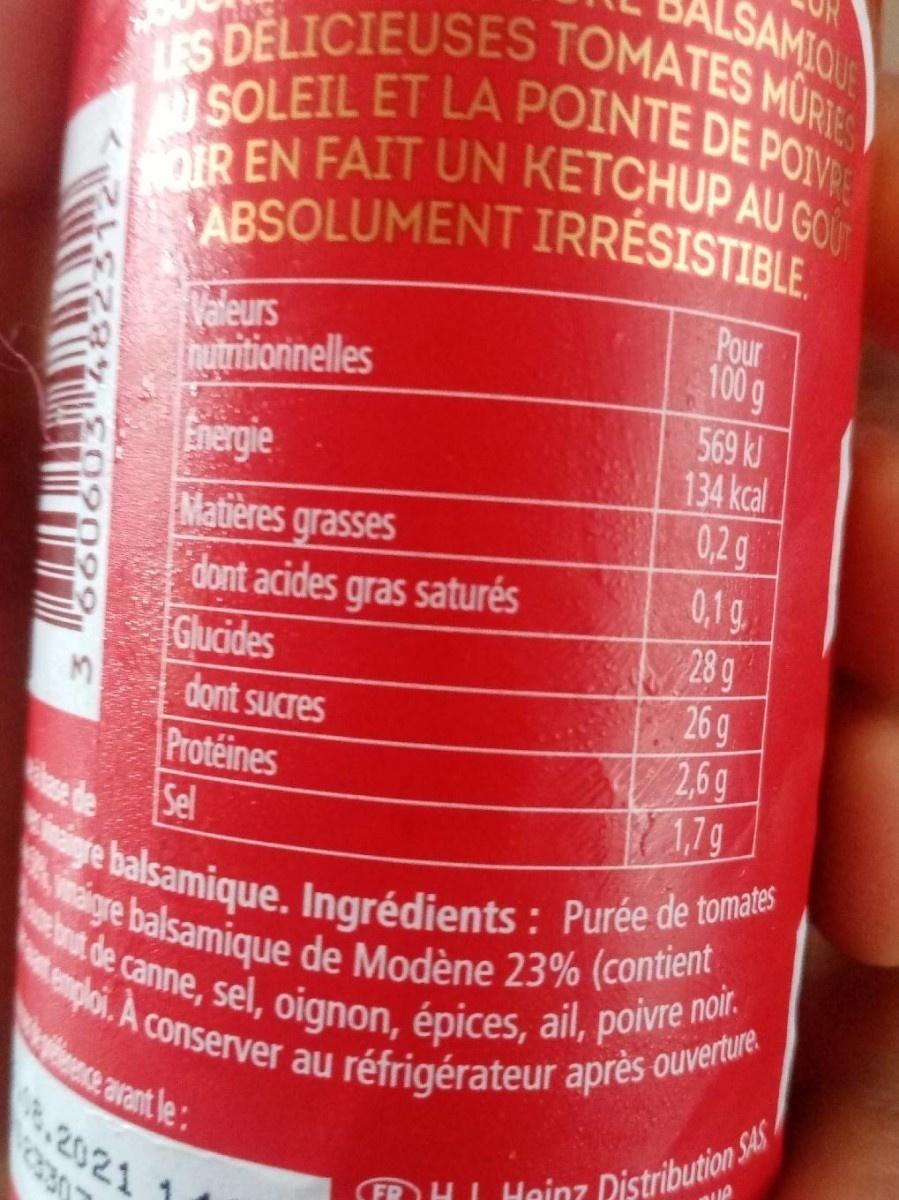
SAMIOU
aigre balsamique de Modène 23% (contient tenploi. A conserver au r
inte balsamique. Ingrédients : Purée de tomates
LES DELICIEUSES TOMATES MÜRIE
ABSOLUMENT IRRESISTIBLE.
NOIR EN FAIT UN KETCHUP AU GOU
bot de canne, sel, oignon, épices, ail, poivre noir.
SOLEIL ET LA POINTE DE POIVRE
Naleurs hutritionnelles
Pour 100 g
frergie Matières grasses dont acides gras saturés Glucides dont sucres Protéines e de
569 kJ 134 kcal 0,2g 0,1g 28 g 26 g 2,6g 1,7g
Sel
ploi. A conserver au
réfrigérateur après ouverture
ce arant le: 2.2021
| Hainz Distribution S
到 S3S